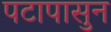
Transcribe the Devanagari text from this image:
पटापासुन